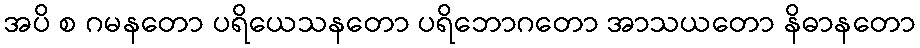
အပိ စ ဂမနတော ပရိယေသနတော ပရိဘောဂတော အာသယတော နိဓာနတော